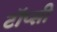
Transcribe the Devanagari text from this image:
टॉप्सी